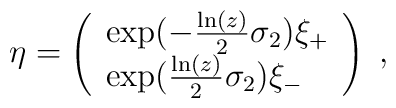
\eta =\left(\begin{array}{l}\exp (-\frac{\ln (z)}{2}\sigma _{2})\xi _{+} \\\exp (\frac{\ln (z)}{2}\sigma _{2})\xi _{-}\end{array}\right) \;,